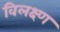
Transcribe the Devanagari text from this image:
विलक्ष्ण